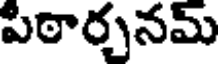
పిఠార్చనమ్